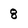
Character: 8